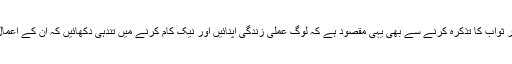
اعمال صالحہ کی جزاء اور ثواب کا تذکرہ کرنے سے بھی یہی مقصود ہے کہ لوگ عملی زندگی اپنائیں اور نیک کام کرنے میں تندہی دکھائیں کہ ان کے اعمال رائیگاں نہیں جائیں گے۔